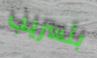
بتسريب